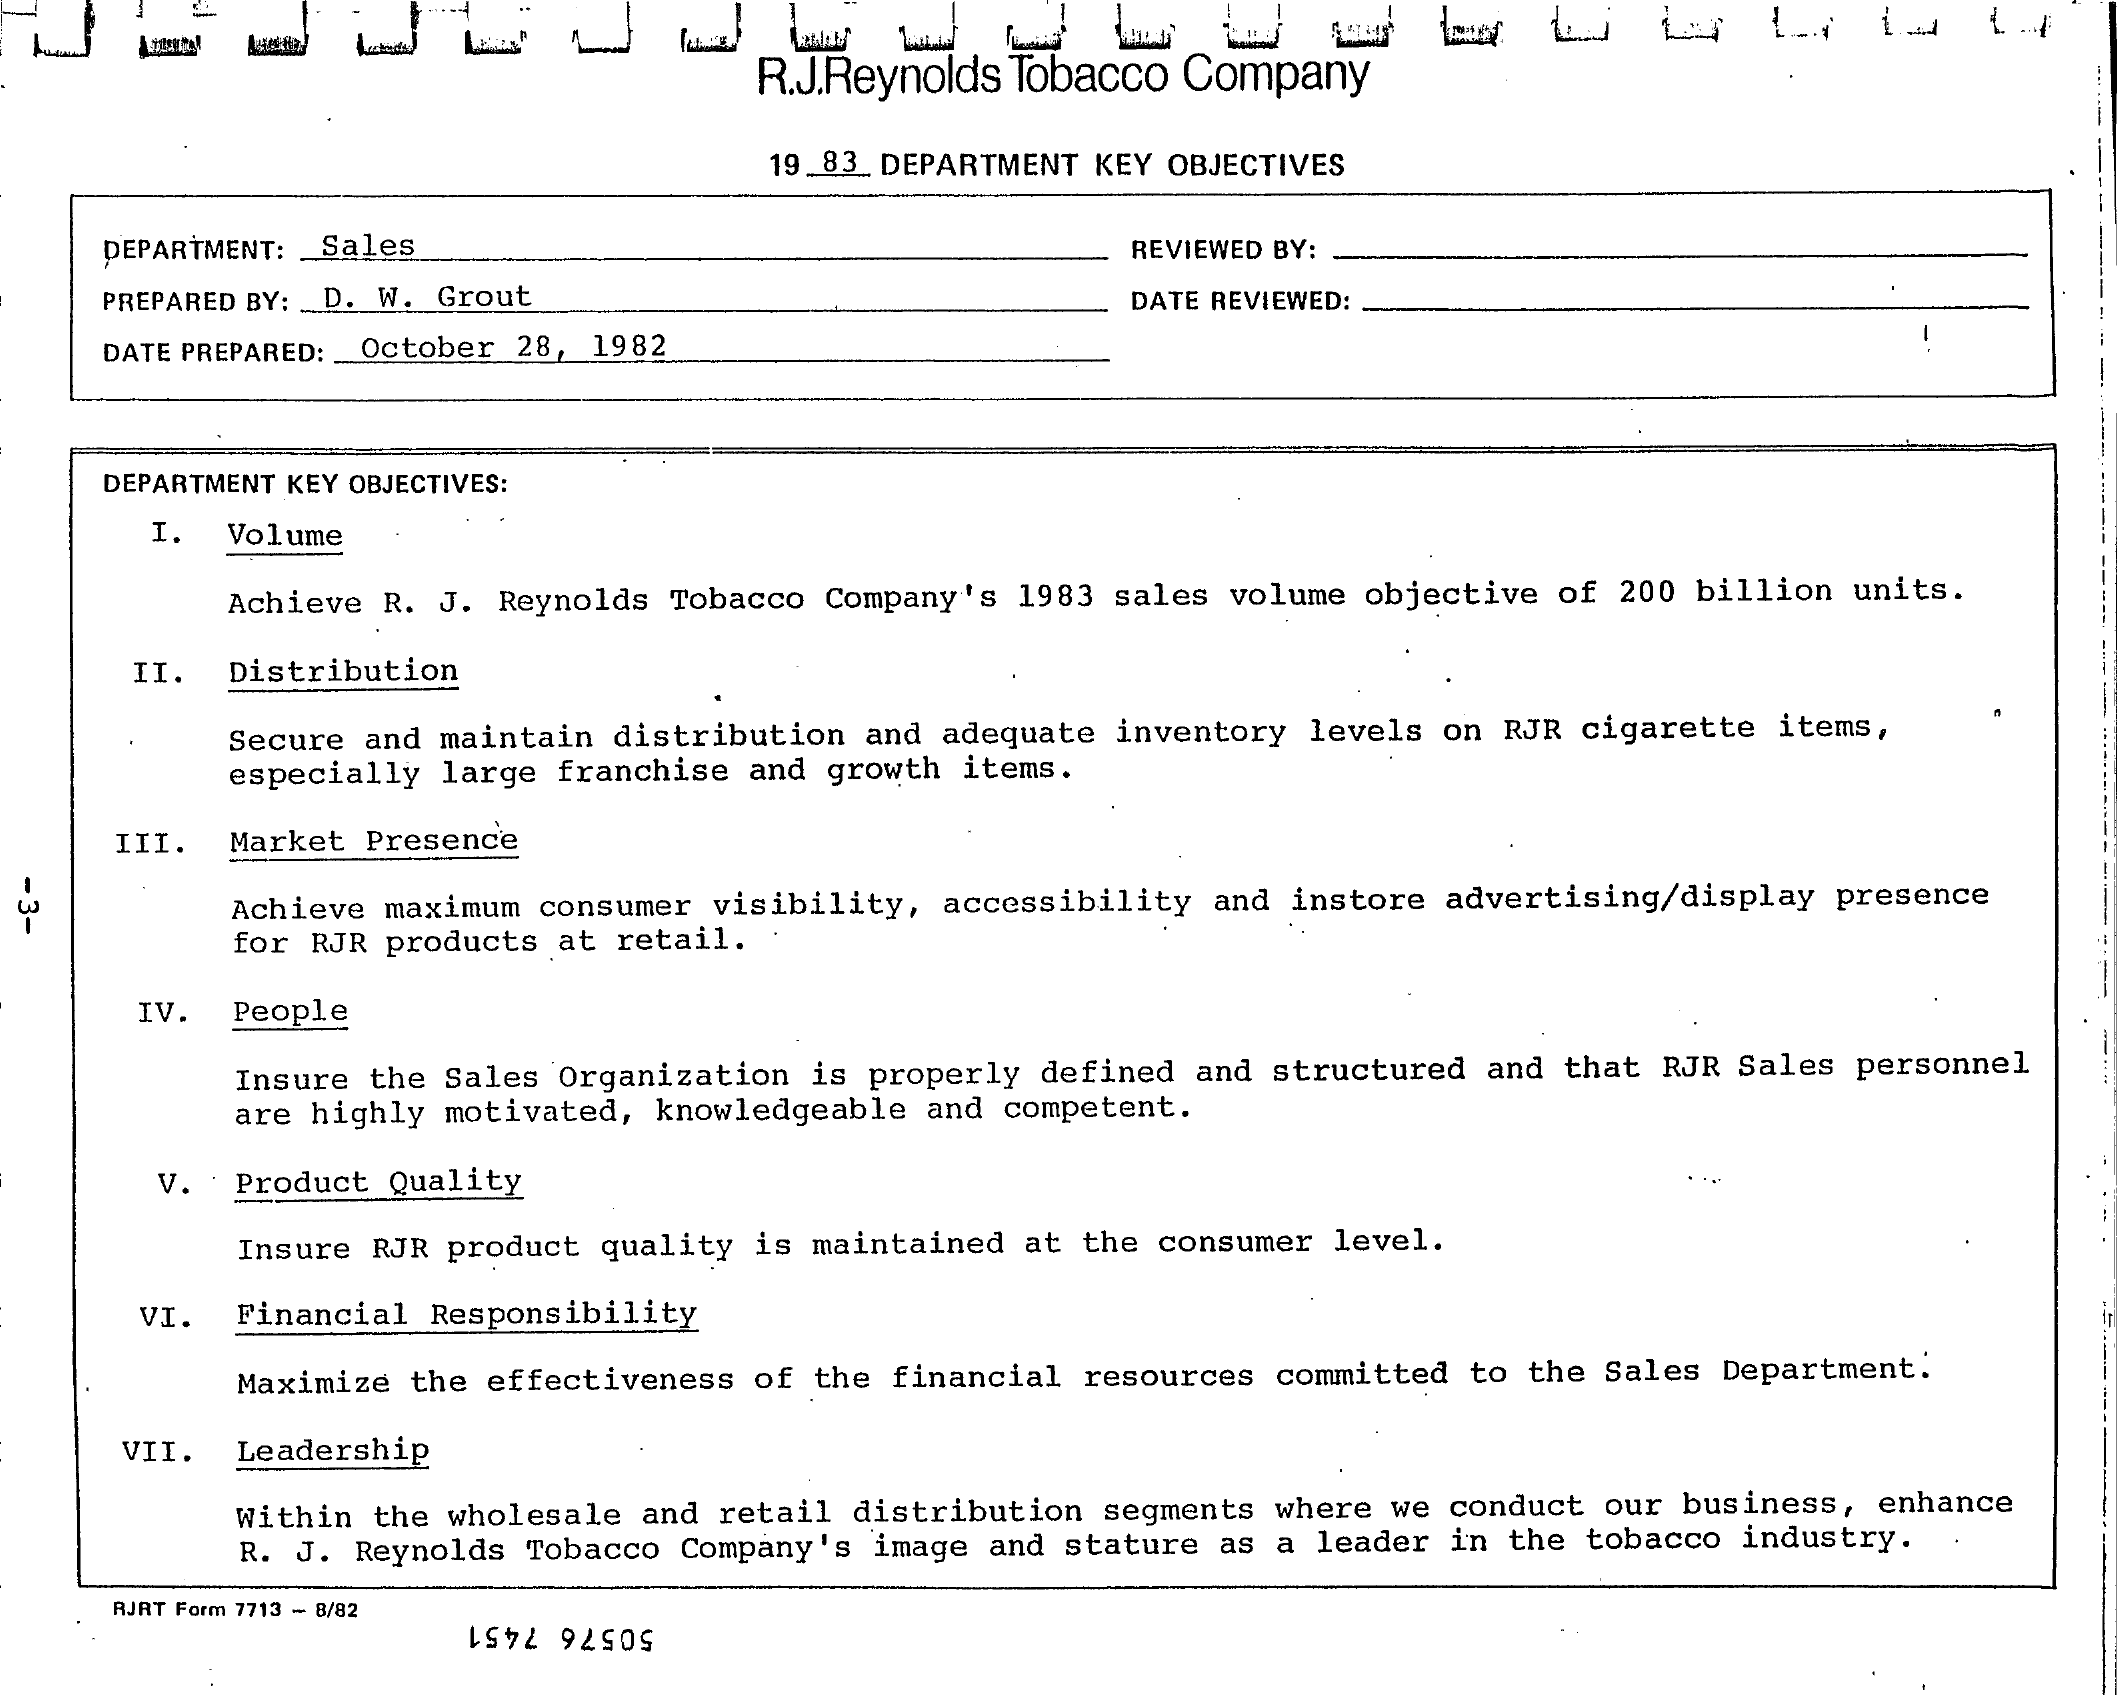
R.J.Reynolds Tobacco Company
     19_83 DEPARTMENT KEY OBJECTIVES
     DEPARTMENT: Sales    REVIEWED BY:
     PREPARED BY: D. W. Grout    DATE REVIEWED:
     DATE PREPARED :_ October 28, 1982
     DEPARTMENT KEY OBJECTIVES:
     I. Volume
     Achieve R. J. Reynolds Tobacco Company's 1983 sales volume objective of 200 billion units.
     II. Distribution
     Secure and maintain distribution and adequate inventory levels on RJR cigarette items,
     especially large franchise and growth items.
     III. Market Presence
  -
  3-    Achieve maximum consumer visibility, accessibility and instore advertising/display presence
     for RJR products at retail.
     IV. People
     Insure the Sales Organization is properly defined and structured and that RJR Sales personnel
     are highly motivated, knowledgeable and competent.
     V. Product Quality
     Insure RJR product quality is maintained at the consumer level.
     VI. Financial Responsibility
     Maximize the effectiveness of the financial resources committed to the Sales Department.
     VII. Leadership
     Within the wholesale and retail distribution segments where we conduct our business, enhance
     R. J. Reynolds Tobacco Company's image and stature as a leader in the tobacco industry.
     RJRT Form 7713 - 8/82
     50576 7451